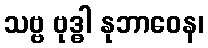
သဗ္ဗ ဗုဒ္ဓါ နုဘာဝေန၊